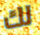
لك